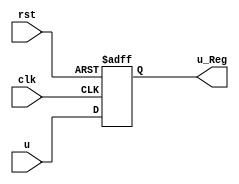
module Reg_u_L17(u_Reg,clk,rst,u);
output reg [2:0] u_Reg;
input clk,rst;
input [2:0] u;

always @ (posedge clk or negedge rst)
	begin
		if (!rst ) 
			u_Reg<=0; 
		else  
			u_Reg<=u; 
	end
endmodule